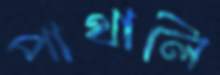
পাথালি